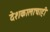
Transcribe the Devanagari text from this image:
देशकालाचाही